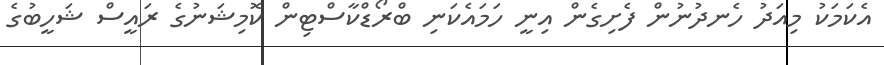
އެކަމަކު މިއަދު ހެނދުނުން ފެށިގެން އިނީ ހަމައެކަނި ބްރޯޑްކާސްޓިން ކޮމިޝަނުގެ ރައީސް ޝަހީބުގެ